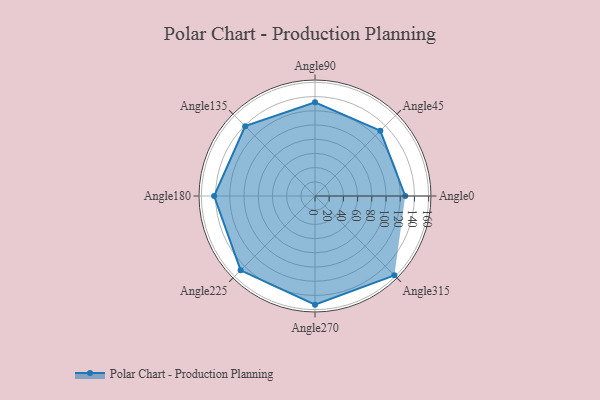
{"axis": {"x": "Angle", "y": "Radius"}, "legend": [""], "data": [{"x": "Angle0", "y": 127.0, "type": ""}, {"x": "Angle45", "y": 130.0, "type": ""}, {"x": "Angle90", "y": 132.0, "type": ""}, {"x": "Angle135", "y": 139.0, "type": ""}, {"x": "Angle180", "y": 142.0, "type": ""}, {"x": "Angle225", "y": 148.0, "type": ""}, {"x": "Angle270", "y": 153.0, "type": ""}, {"x": "Angle315", "y": 158.0, "type": ""}]}